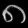
Digit: ၈